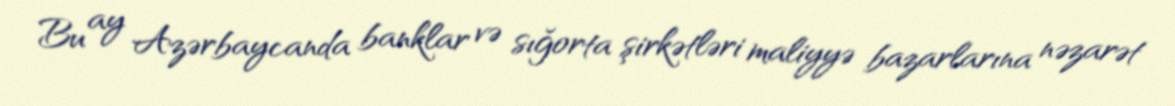
Bu ay Azərbaycanda banklar və sığorta şirkətləri maliyyə bazarlarına nəzarət